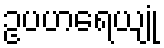
ဥပဟရေယျုံ